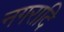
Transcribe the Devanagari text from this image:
नगरादि